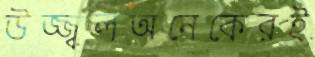
উজ্জ্বলঅনেকেরই